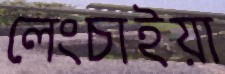
লেংচাইয়া